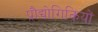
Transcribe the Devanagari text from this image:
प्रौद्योगिकियों